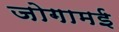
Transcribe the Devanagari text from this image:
जोगामई